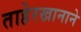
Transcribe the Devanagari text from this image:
ताहेरखानाने